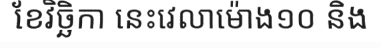
ខែវិច្ឆិកា នេះវេលាម៉ោង១០ និង